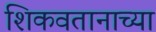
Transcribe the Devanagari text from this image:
शिकवतानाच्या